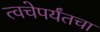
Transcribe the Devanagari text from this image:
त्वचेपर्यंतचा